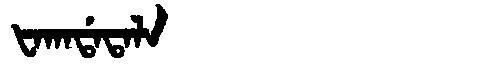
Manchu: ᡶᠠᡴᠠᡩᠠᡨᠠᠯᠠ
Romanization: FAKADATALA